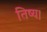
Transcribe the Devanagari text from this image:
तिष्य।